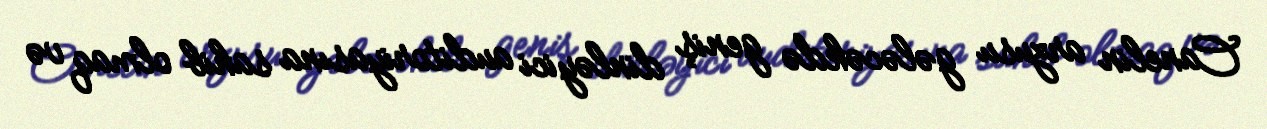
Canelin arzusu gələcəkdə geniş dinləyici auditoriyasına sahib olmaq və